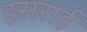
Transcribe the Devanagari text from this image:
इसराई